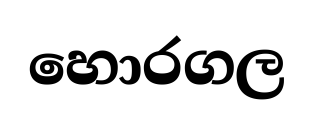
හොරගල